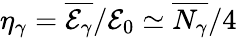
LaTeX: \eta_{\gamma}=\overline{{\mathcal{E}_{\gamma}}}/\mathcal{E}_{0}\simeq\overline{{N_{\gamma}}}/4